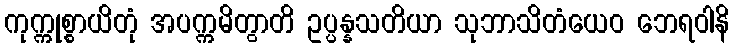
ကုက္ကုစ္စာယိတုံ အပက္ကမိတွာတိ ဥပ္ပန္နသတိယာ သုဘာသိတံယေဝ ဘေရဝါနိ